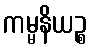
ကမ္မနိယဉ္စ